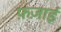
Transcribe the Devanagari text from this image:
फ़ज़ाई